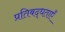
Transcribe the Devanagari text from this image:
प्रतिबद्धताएँ